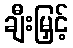
ချီးမြှင့်